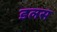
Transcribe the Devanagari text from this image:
डलस